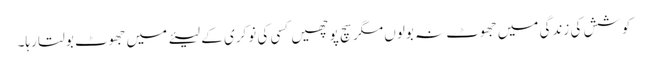
کوشش کی زندگی میں جھوٹ نہ بولوں مگر سچ پوچھیں کسی کی نوکری کے لیئے میں جھوٹ بولتا رہا۔